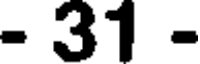
- 31 -